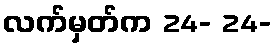
လက်မှတ်က 24- 24-